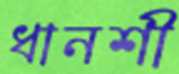
ধানশী